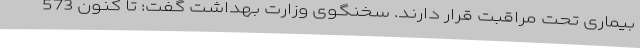
بیماری تحت مراقبت قرار دارند. سخنگوی وزارت بهداشت گفت: تا کنون 573